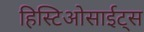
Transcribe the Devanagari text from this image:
हिस्टिओसाईट्स